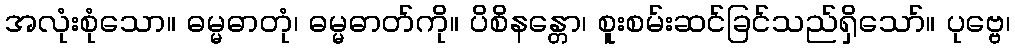
အလုံးစုံသော။ ဓမ္မဓာတုံ၊ ဓမ္မဓာတ်ကို။ ပိစိနန္တော၊ စူးစမ်းဆင်ခြင်သည်ရှိသော်။ ပုဗ္ဗေ၊